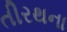
તીરથના